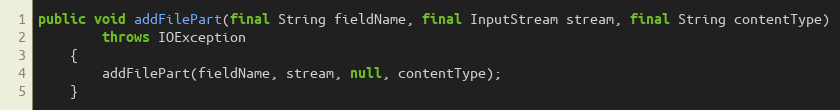
Language: Java
public void addFilePart(final String fieldName, final InputStream stream, final String contentType)
        throws IOException
    {
        addFilePart(fieldName, stream, null, contentType);
    }